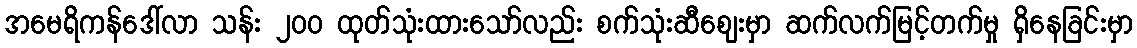
အမေရိကန်ဒေါ်လာ သန်း ၂၀၀ ထုတ်သုံးထားသော်လည်း စက်သုံးဆီစျေးမှာ ဆက်လက်မြင့်တက်မှု ရှိနေခြင်းမှာ